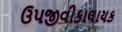
ઉપજીવીકાલાયક